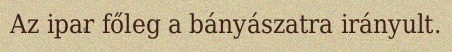
Az ipar főleg a bányászatra irányult.